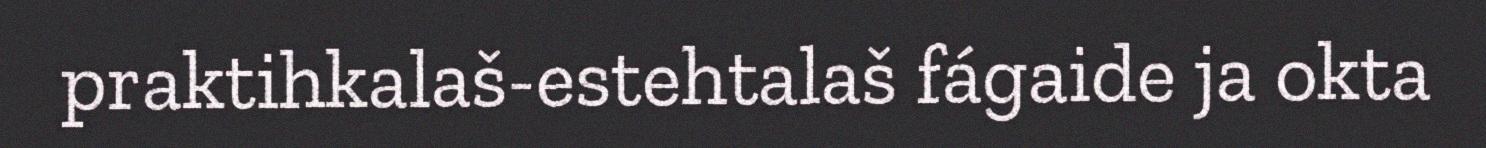
praktihkalaš-estehtalaš fágaide ja okta